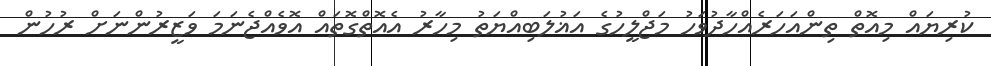
ކުރިޔައް މިއޮތް ތިންއަހަރެއްހާދުވަހު މަޖްލީހުގެ އަޣުލަބިއްޔަތު މިހާރު އެއޮތްގޮތައް އޮވެއްޖެނަމަ ވަޒީރުންނަށް ރުހުން